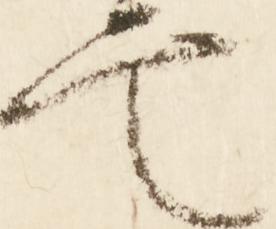
定